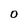
Character: O